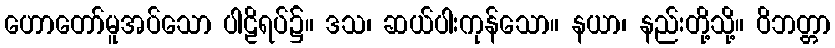
ဟောတော်မူအပ်သော ပါဠိရပ်၌။ ဒသ၊ ဆယ်ပါးကုန်သော။ နယာ၊ နည်းတို့သို့။ ဝိဘတ္တာ